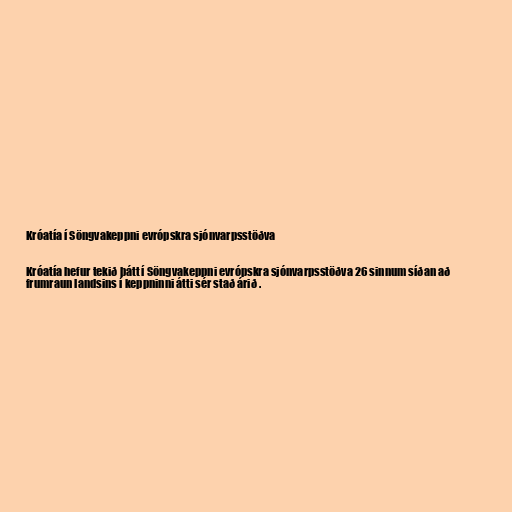
Króatía í Söngvakeppni evrópskra sjónvarpsstöðva

Króatía hefur tekið þátt í Söngvakeppni evrópskra sjónvarpsstöðva 26 sinnum síðan að
frumraun landsins í keppninni átti sér stað árið .